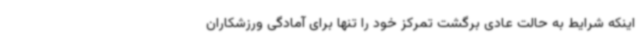
اینکه شرایط به حالت عادی برگشت تمرکز خود را تنها برای آمادگی ورزشکاران